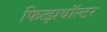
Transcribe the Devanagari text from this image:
फित्झवॉल्टर